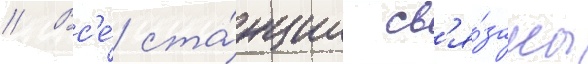
// Вс'е́ ста́нции св'я́заны